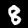
Label: 8